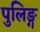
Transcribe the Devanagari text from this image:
पुलिङ्ग